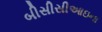
બીસીસીઆઇના